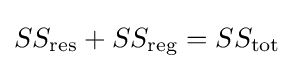
SS_{\text{res}}+SS_{\text{reg}}=SS_{\text{tot}}